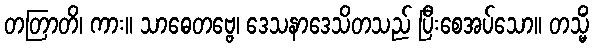
တတြာတိ၊ ကား။ သာဓေတဗ္ဗေ၊ ဒေသနာဒေသိတသည် ပြီးစေအပ်သော။ တသ္မိံ